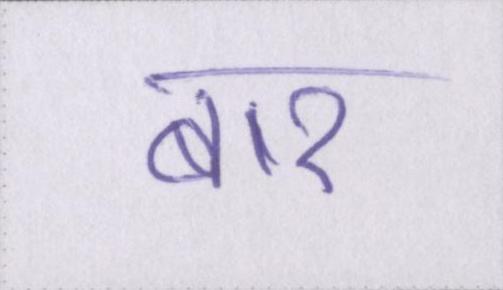
बार